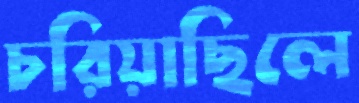
চরিয়াছিলে